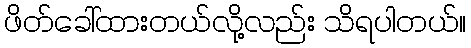
ဖိတ်ခေါ်ထားတယ်လို့လည်း သိရပါတယ်။